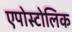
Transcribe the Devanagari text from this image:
एपोस्टोलिक